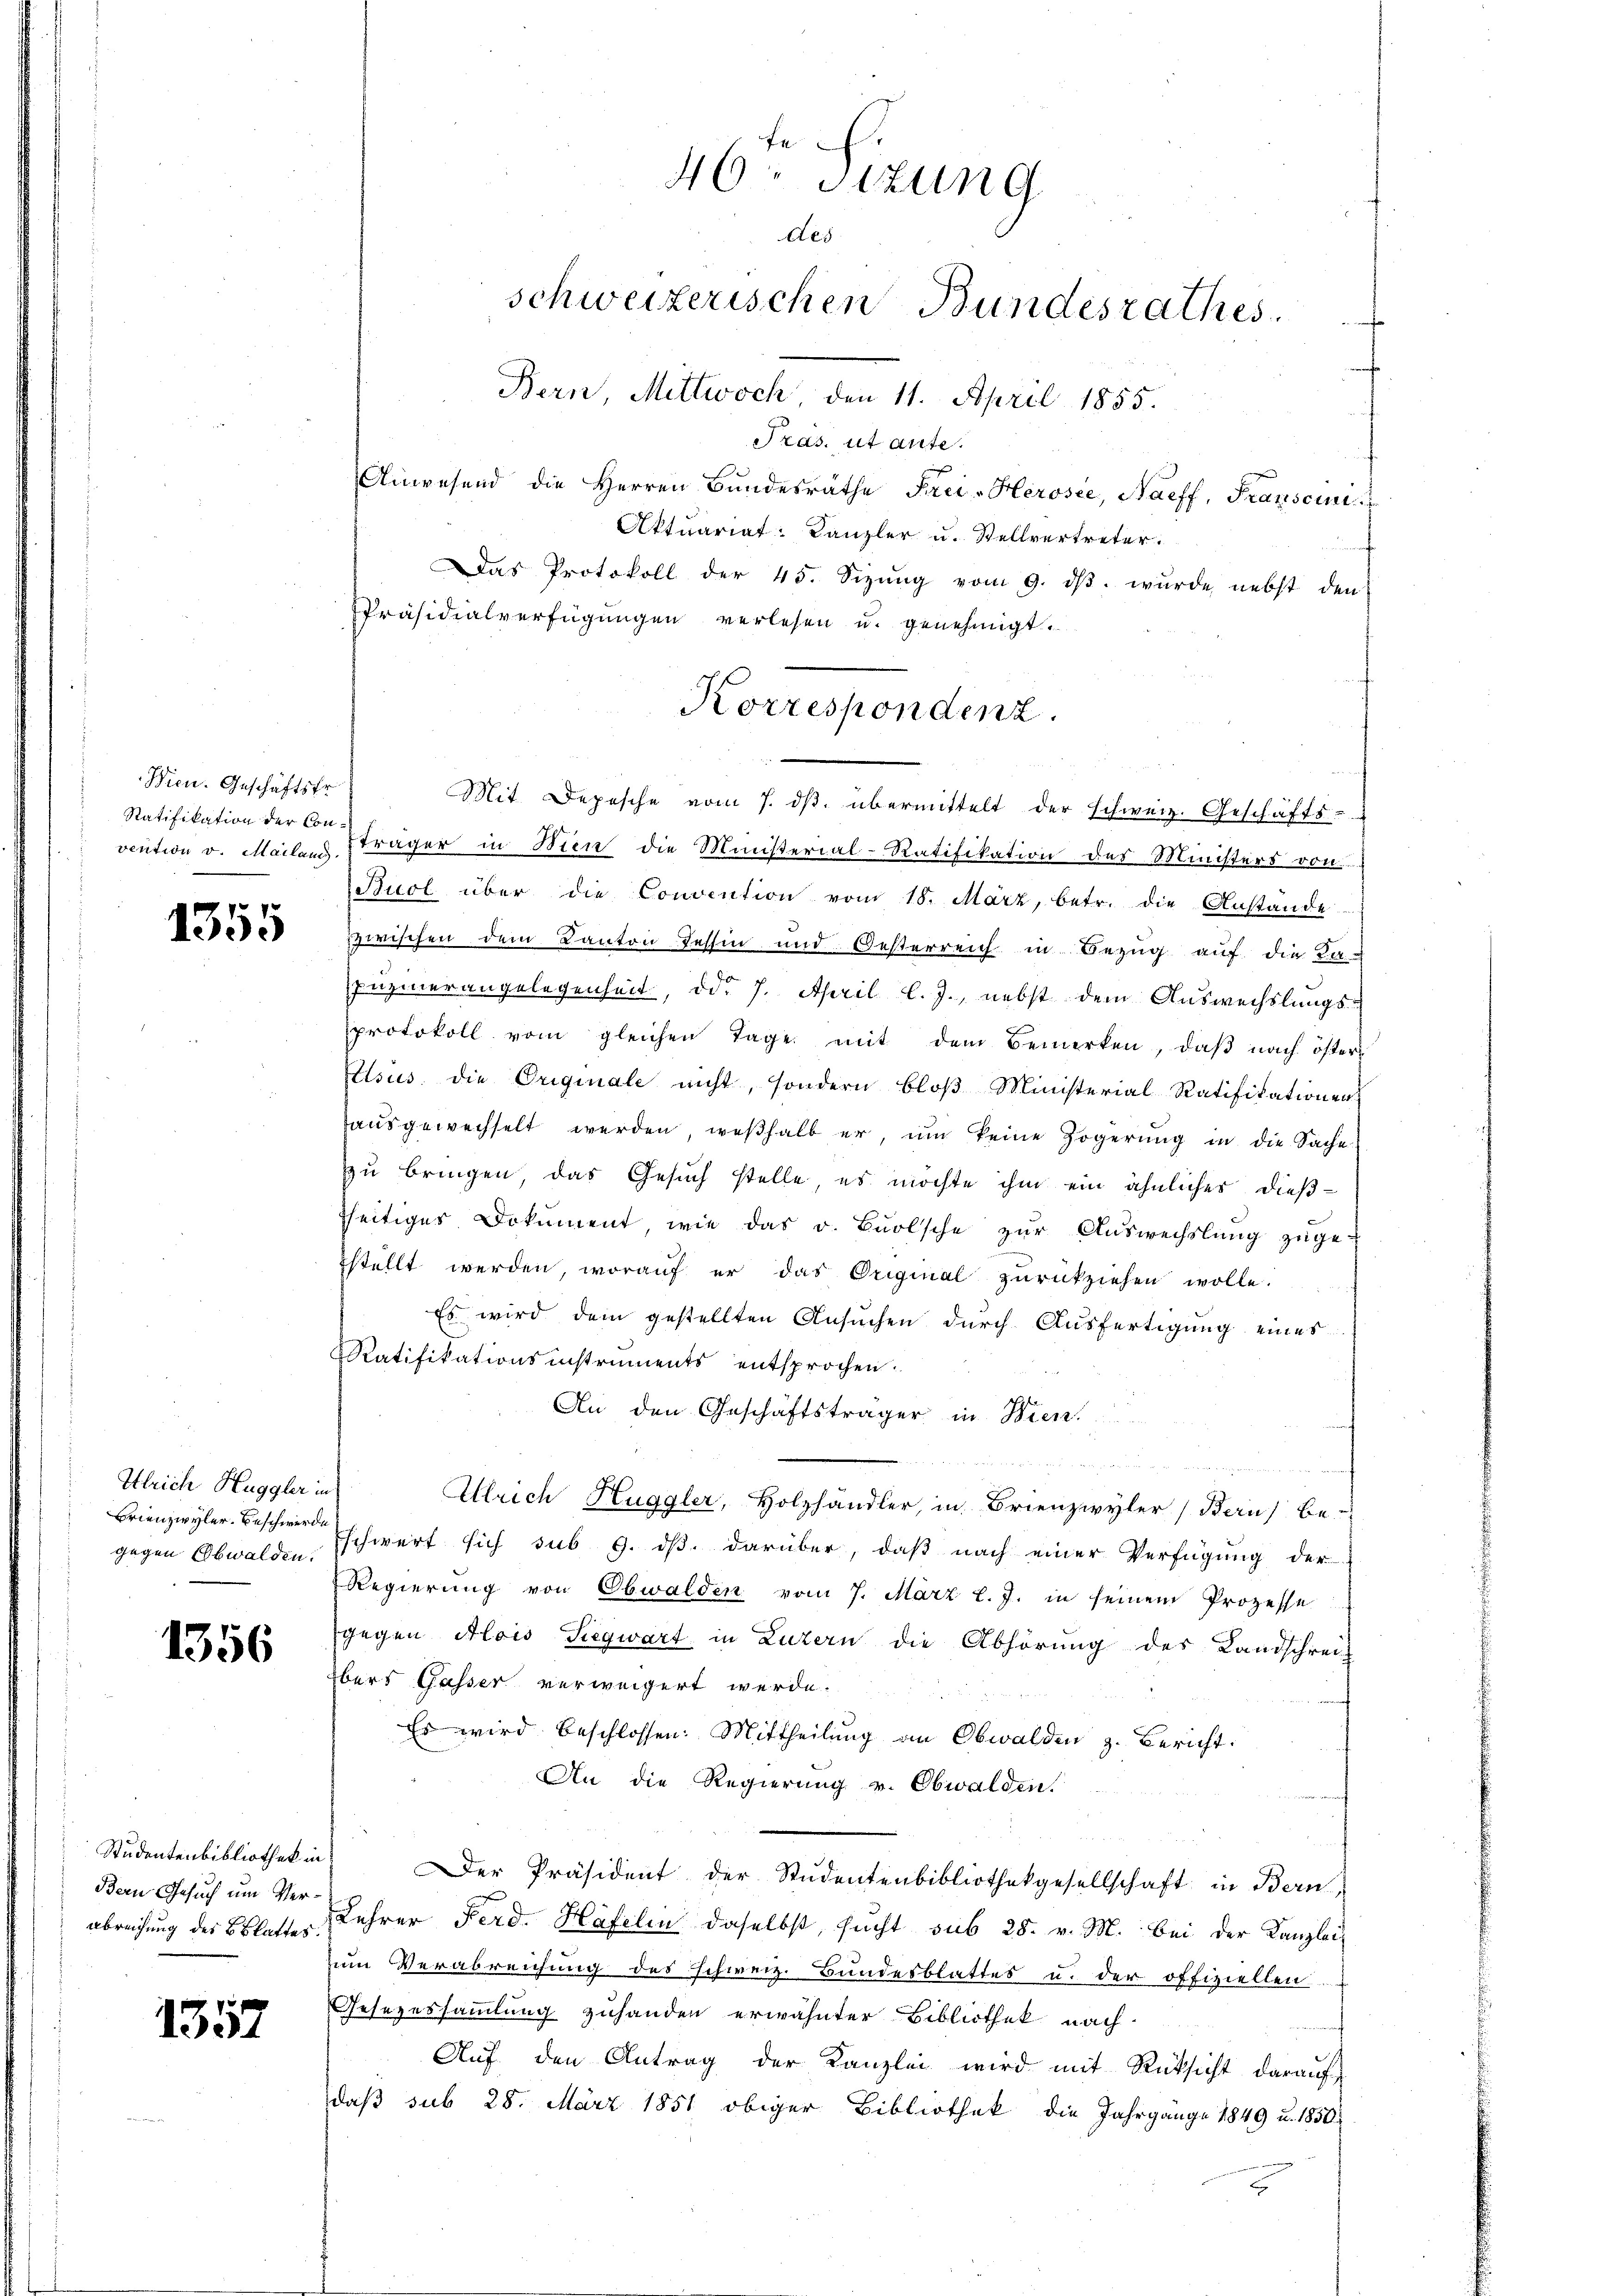
Wien. Geschäftsfr.
Ratifikation der Con¬

1355

Ilrich Huggler in
Brienzwyler. Beschwerde
gegen Obwalden.

1356

Studentenbibliothek in
Bern Gesuch um Verabreichung des Blattes.

1357

Pras. ut ante.
Anwesend die Herren Bundesräthe Faci-Hérosie, Naeff, Franscinis
Aktuariat: Kanzler u. Stellvertreter.
Das Protokoll der 45. Sizŭng vom 9. dβ. wurde nebst den
Präsidialverfügungen verlesen u. genehmigt.
Mit Depesche vom 7. ds. übermittelt der schweiz. Geschäfts-
vention v. Mailanz sträger in Wien die Ministerial-Ratifikation des Ministers von
Buol über die Convention vom 18. März, betr. die Anstande
spirischen dem Kanton Tessin und Oesterreich in Bezug auf die La-
puzinerangelegenheit, od. 7. April l. J., nebst dem Auswechslungs-
protokoll vom gleichen Tage mit dem Bemerken, daβ nach öster
sus, die Originale nicht, sondern bloß Ministerial Ratifikationen
aŭsgewechselt werden, weshalb er, ŭm keine Zögerŭng in die Sache
zu bringen, das Gesuch stelle, es möchte ihm ein ähnlicher dießtseitiger Dokument, wie das v. Buolsche zur Auswechslung zuge-
stellt werden, woraŭf er das Original zŭrückziehen wolle.
Es wird dem gestellten Ansuchen durch Ausfertigung eines
Ratifikationsinstruments entsprochen.
An den Geschäftsträger in Bien.

Ulrich Huggler, Holzhändler, in Brienzwyler Bern be-
Eschwert sich sub 9. ds. darüber, daß nach einer Verfügung der
Regierung von Obwalden vom 7. März l. J. in seinem Prozesse
gegen Alois Siegwart in Luzern die Abhörung des Landschreit
Übers Gasser verweigert werde.
Es wird beschlossen: Mittheilung an Obwalden z. Bericht:
An die Regierung v. Obwalden!
Der Präsident der Studentenbibliothekgesellschaft in Bern
Lehrer Ferd. Häfelin daselbst, sucht sub 28. v. M. bei der Kanzlei-
zum Verabreichung des schweiz. Bundesblattes u. der offiziellen.
Gesezessammlung zuhanden erwähnter Bibliothek nach
Aŭf den Antrag der Kanzlei wird mit Rücksicht darauf
daß sub 28. März 1851 obiger Bibliothek die Jahrgange 1849 u. 1850.

46. Sitzung
des
schweizerischen Bundesrathes.
Bern, Mittwoch 11. April 1855.

Korrespondenz.